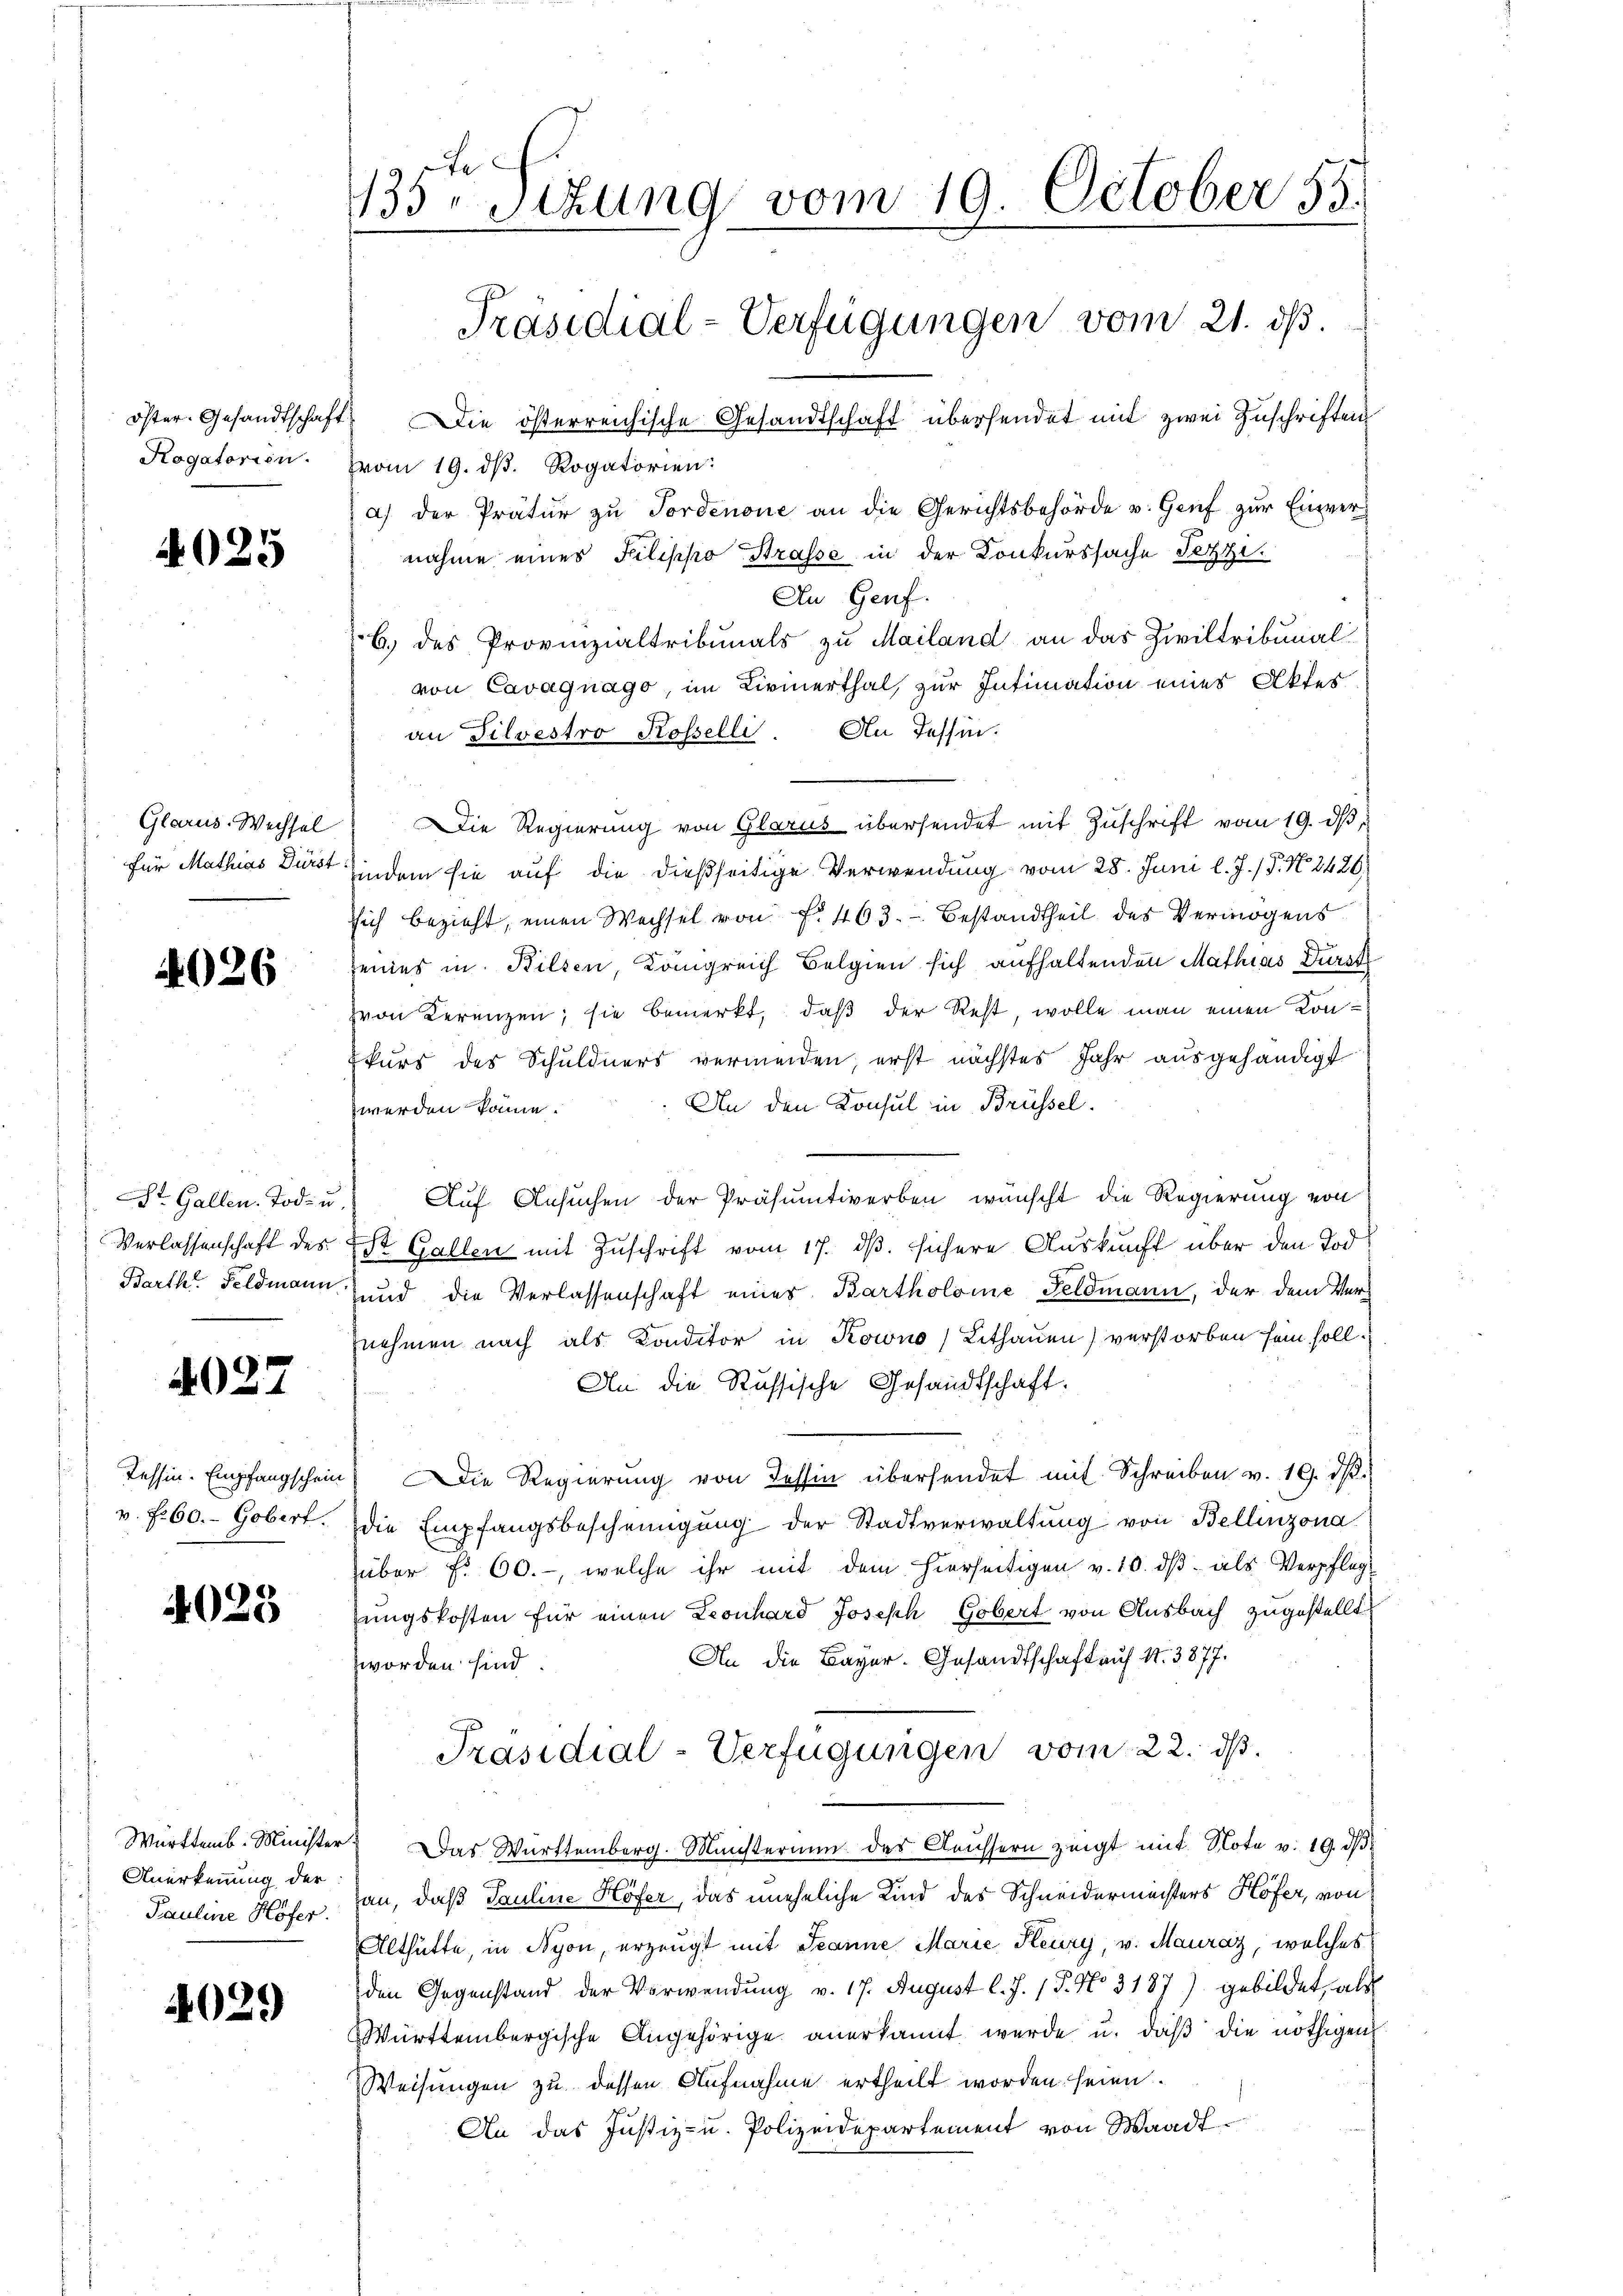
öster. Gesandtschaft
Rogatorien.

4025

Glarus-Wechsel
Für Mathias Dürst

4026

Verlassenschaft des
Barth. Feldmann

4027

Tessin. Empfangschein
v. fr. 60. - Gobert.

4025

Anerkennung der
Pauline Höfer.

4029

135. schung vom 19. October 55.
Präsidial-Verfügungen vom 21. ds.
 Die österreichische Gesandtschaft übersendet mit zwei Zuschriften

vom 19. dβ. Rogatorien:
a) der Prätŭr zŭ Fordenone an die Gerichtsbehörde u. Genf zŭr Einvernahme einer Filippo Strasse in der Konkurssache Fetze.
An Genf.
b. des Provinzialtribunals zu Mailand an das Ziviltribunal
von Cavagnago, im Livinerthal, zur Intimation eines Aktes
an Filvestro Rosselli. An Tessin.
Die Regierung von Glarus übersendet mit Zŭschrift vom 19. dβ,
indem sie auf die dießseitige Verwendung vom 28. Juni l. J. / P. N. 2426
sich bezieht, einen Wechsel von f. 463. Bestandtheil des Vermögens
seines in Bilsen, Königreich Belgien sich aufhaltenden Mathias Durch
zvon Kerenzen; sie bemerkt, daß der Rest, wolle man einen Konkurs des Schuldners vermeiden, erst nächstes Jahr ausgehändigt
An den Konsul in Brüssel.
werden könne.
Dr. Gallen. Tod. u. Auf Ansuchen der Präsumtiverben wünscht die Regierung von
St. Gallen mit Zuschrift vom 17. ds. sichere Auskunft über den Tod
und die Verlassenschaft eines Bartholome Feldmann, der dem Vernehmen nach als Konditor in Kowno) Lithauen) verstorben sein soll.
An die Russische Gesandtschaft.
 Die Regierŭng von Tessin übersendet mit Schreiben v. 19. dβ.
die Empfangsbescheinigung der Stadtverwaltung von Bellinzona
über f. 60.-, welche ihr mit dem hierseitigen v. 10. dβ als Verpfleg
sungskosten für einen Leonhard Joseph Gobert von Ausbach zugestellt
An die Bayer. Gesandtschaft auf 1. 3877.
worden sind
Präsidial-Verfügungen vom 22. ds.
Württemb. Minister  Das Württemberg. Münsterium des Aeussern zeigt mit Note v. 19. ds.
an, daß Pauline Höfer, das uneheliche Kind des Schneidermeisters Höfer, von
Althütte, in Nyon, erzeugt mit Jeanne Marie Pleury, v. Mauraz, welches
den Gegenstand der Verwendung v. 17. August l. J. P. No 3187) gebildet, als
Württembergische Angehörige anerkannt werde u. daβ die nöthigen
Weisungen zu dessen Aufnahme ertheilt worden seien.
An das Justiz- u. Polizeidepartement von Waadt.